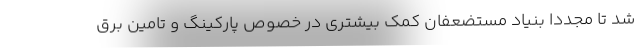
شد تا مجددا بنیاد مستضعفان کمک بیشتری در خصوص پارکینگ و تامین برق